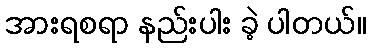
အားရစရာ နည်းပါး ခဲ့ ပါတယ်။